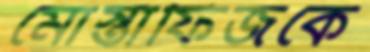
মোস্তাফিজকে